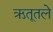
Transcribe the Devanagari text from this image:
ऋतूतले